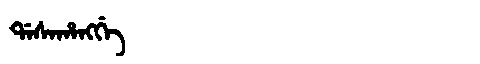
Manchu: ᡩᠠᠰᠠᡥᠠᠩᡤᡝ
Romanization: DASAHANGGE